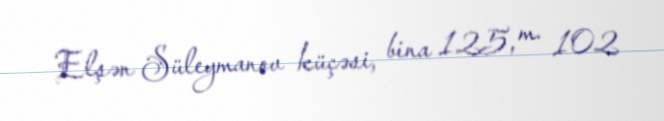
Elşən Süleymanov küçəsi, bina 125, m. 102